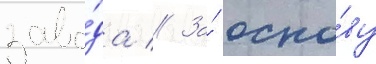
заво́да // За́ осно́ву